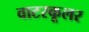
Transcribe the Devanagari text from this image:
वाटरकूलर